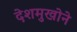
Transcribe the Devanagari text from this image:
देशमुखोने